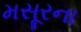
મસૂરના